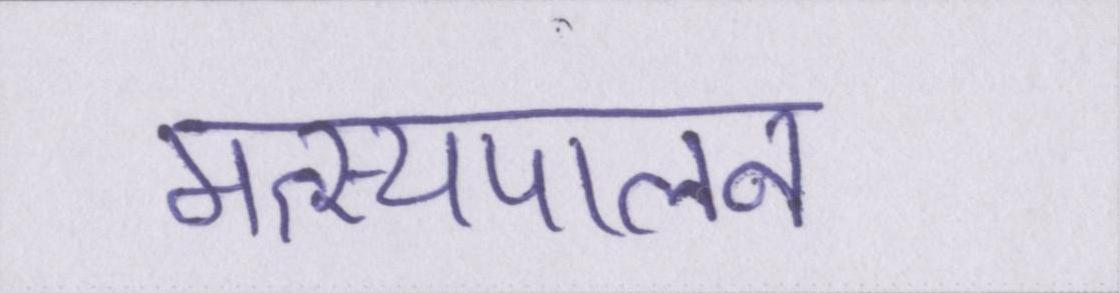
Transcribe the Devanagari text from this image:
मत्स्यपालन